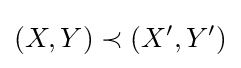
(X,Y)\prec (X',Y')